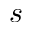
s